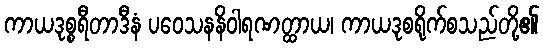
ကာယဒုစ္စရီတာဒီနံ ပဝေသနနိဝါရဏတ္ထာယ၊ ကာယဒုစရိုက်စသည်တို့၏